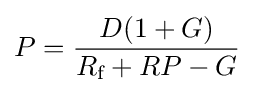
P={\frac {D(1+G)}{R_{\text{f}}+RP-G}}